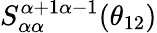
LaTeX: S_{\alpha\alpha}^{\alpha+1\alpha-1}(\theta_{12})